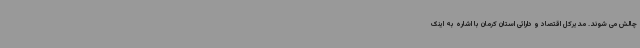
چالش می شوند. مدیرکل اقتصاد و دارائی استان کرمان با اشاره به اینک